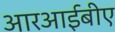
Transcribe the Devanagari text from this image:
आरआईबीए